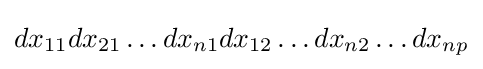
dx_{11}dx_{21}\dots dx_{n1}dx_{12}\dots dx_{n2}\dots dx_{np}